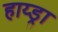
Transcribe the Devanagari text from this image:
हाय्ड्रा